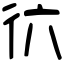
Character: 𢓌